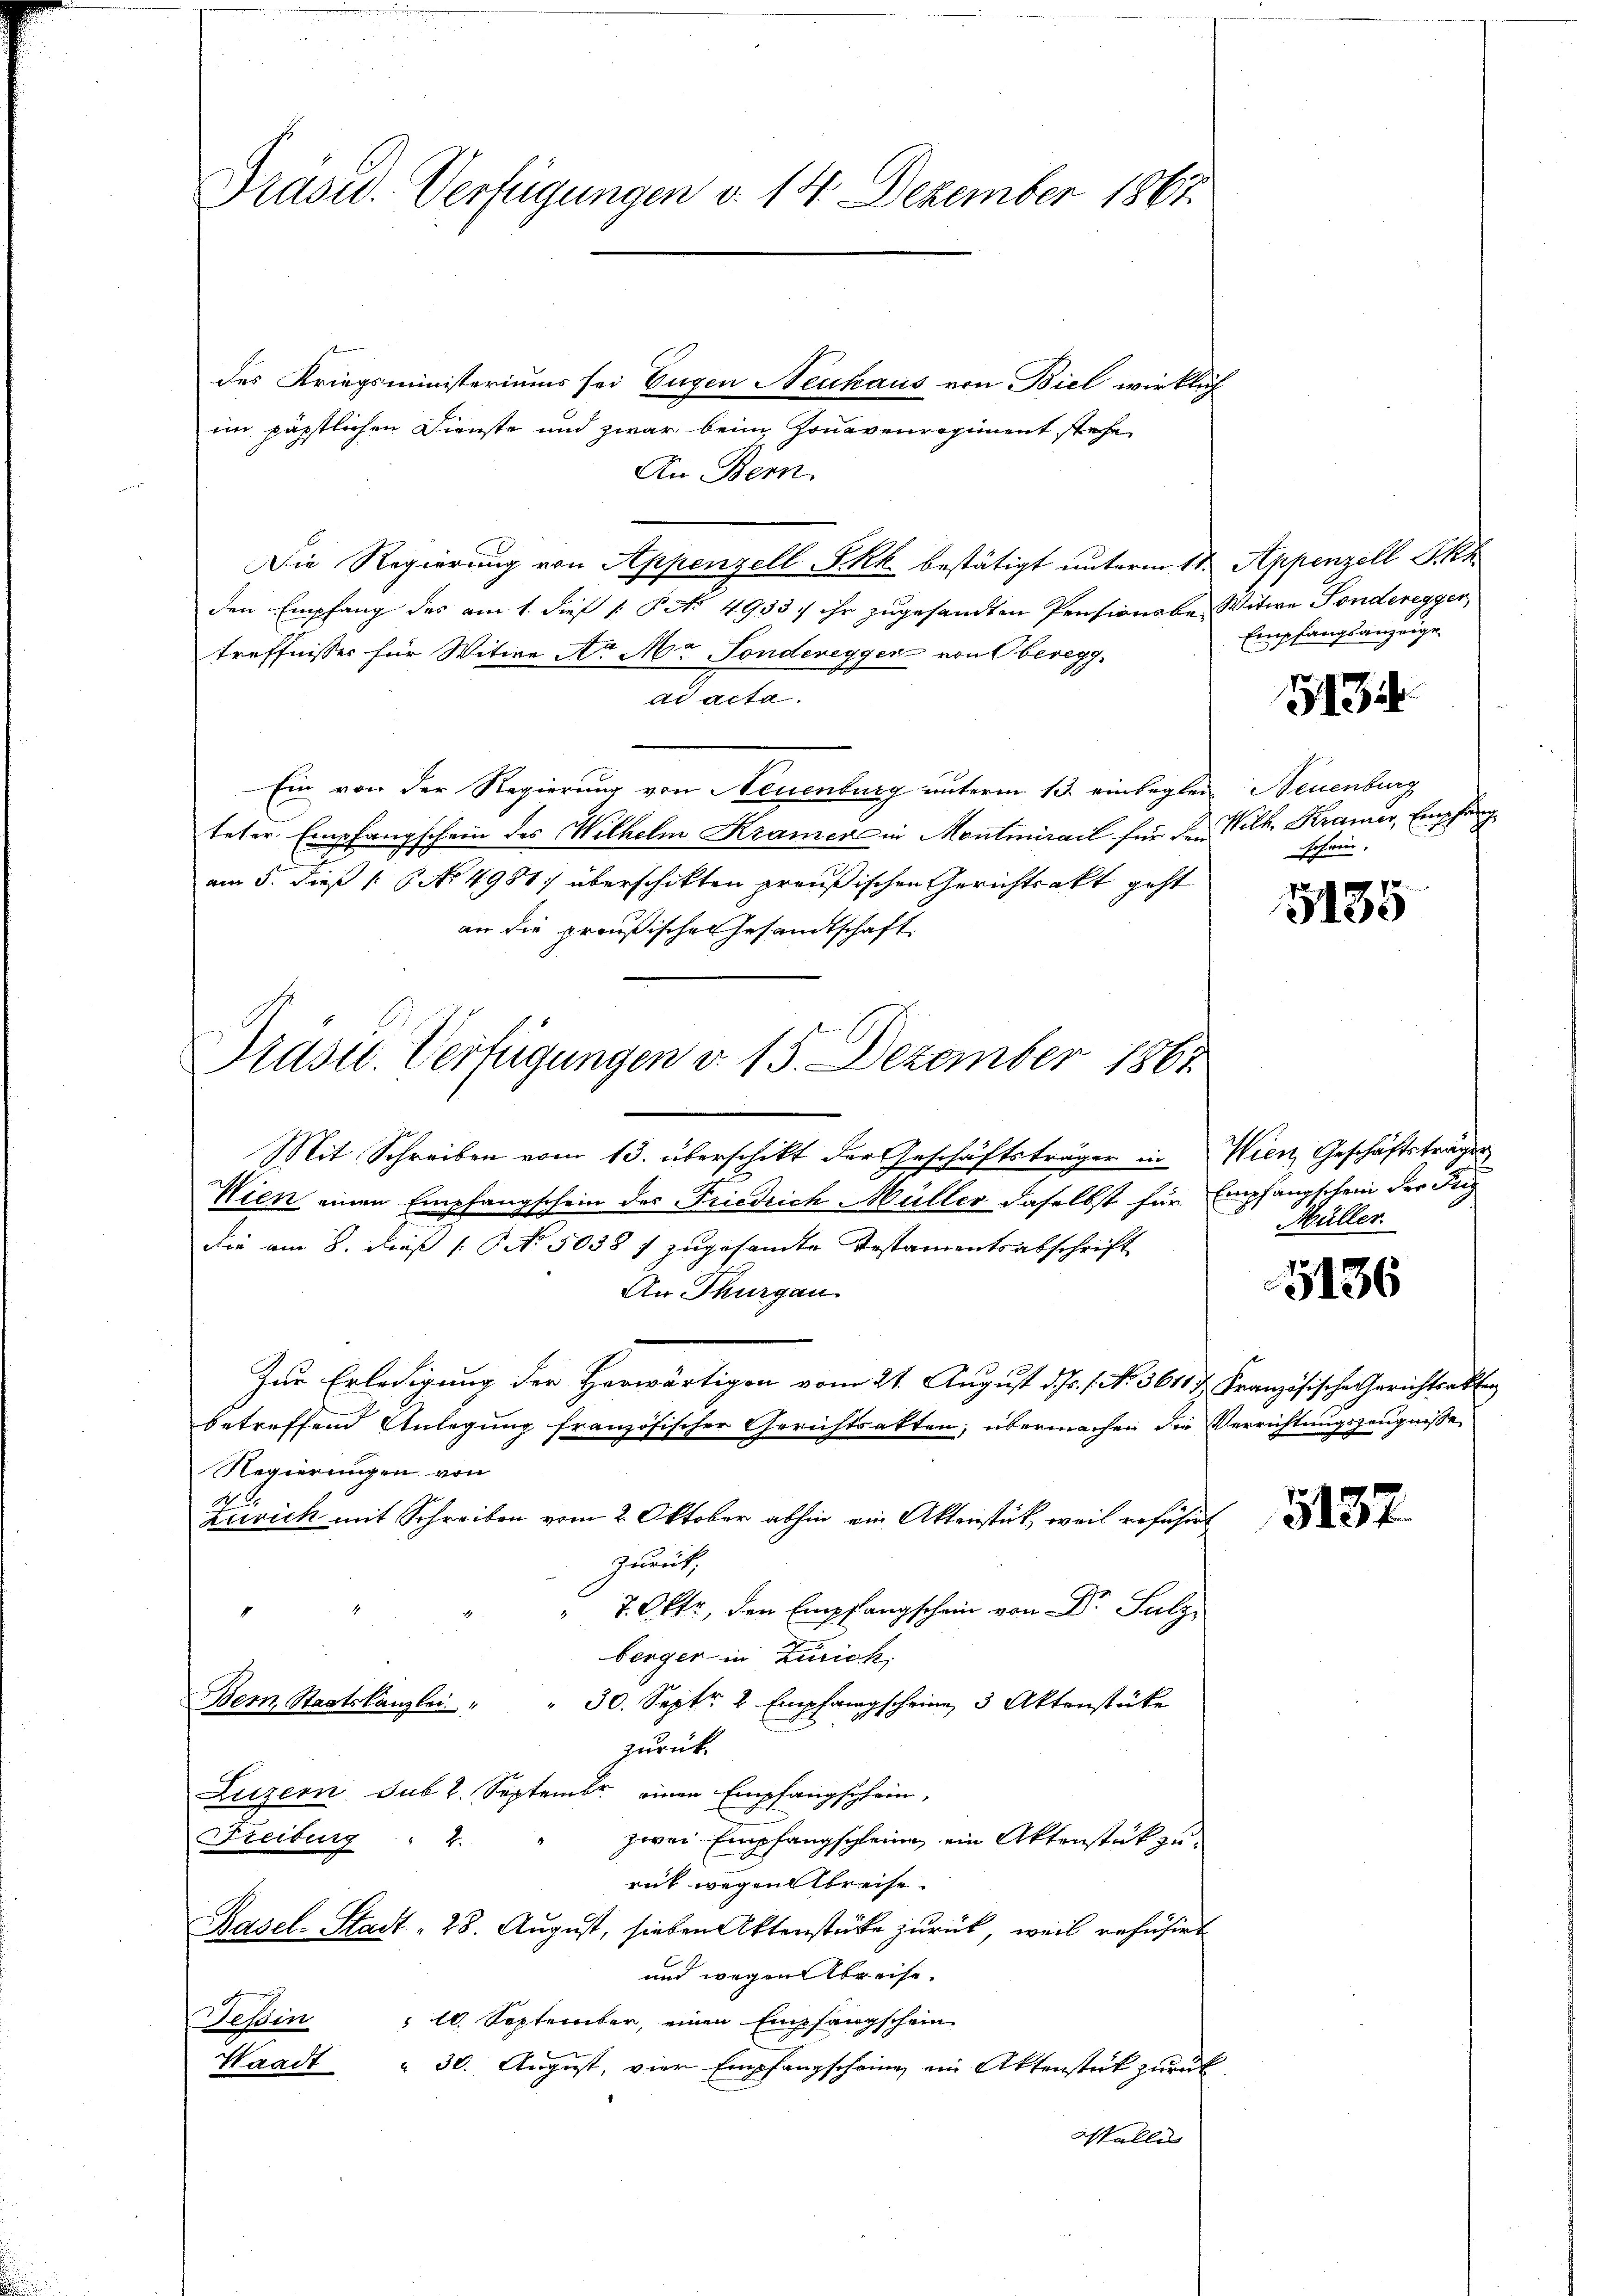
Präsid. Verfügungen v. 14. Dezember 1867.

des Kriegsministeriums sei Eugen Neuhaus von Biel wirklich
im päpstlichen Dienste und zwar beim Honavenregiment stehe
An Bern.
vennen
Die Regierung von Appenzell P.-Rk. bestätigt unterm 11. Appenzell I.Rh
den Empfang des am 1. dieß 1 Pct. 4933. ihr zugesandten Pensionsbe- Witwe Ponderegger,
treffnisses für Witwe A. Mr. Sondereggen von Oberegg,
ad acta.
Ein von der Regierung von Neuenburg unterm 13. einbegler Neuenburg
teter Empfangschein des Wilhelm Kramer in Montmirail für den Wilh. Kraner, Empfang
am 5. dieß 1 No 4981) überschikten preußischen Gerichtsakt geht
an die preußischen Gesandtschaft
Prasur. Verfügungen d. 15. Dezember 1861

Mit Schreiben vom 13. überschikt der Geschäftsträger in Wien Geschäftsträger
Wien einen Empfangschein des Friedrich Müller daselbst für Empfangschein der Feig
die am 8. dieß 1 NNo. 5038 f zugesandte Testamentsabschrift
An Thurgau
Zur Erledigung der Herwärtigen vom 21. August d. Js. s. No. 3611 f. Französische Gerichtsakten
betreffend Anlegung französischer Gerichtsakten; übermachen die Verrichtungszeugnisse
Regierungen von
A .
Zürich mit Schreiben vom 2. Oktober abhin ain Aktenstick, weil refüsirt
zurück,
4
7. Okt, den Empfangschein von Dr Sulz
berger in Zürich,
Bem Staatskanzlei " " 30. Septr. 2 Empfangscheine 3 Aktenstücke
zurück.
Luzern sub 2. September einen Empfangschein,
zwei Empfangscheine ein Aktenstück zu¬
Freiburg  2.
rück wegen Abreise.
Basel-Stadt = 28. August, sieben Aktenstücke zurück, weil refüsiert
und wegen Abreise.
Tessin " 10. September, einen Empfangschein
Waadt " 30. August, vier Empfangscheine ein Aktenstück zurück
Walle

Empfangsanzeige

513

schein.

5135

Müller.

5136

5137